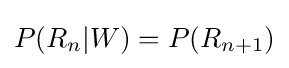
P(R_{n}|W)=P(R_{n+1})